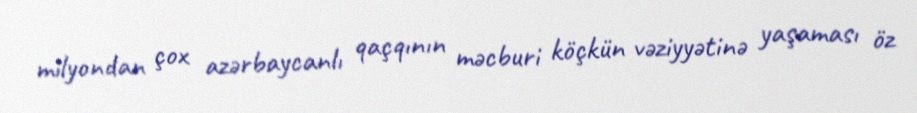
milyondan çox azərbaycanlı qaçqının məcburi köçkün vəziyyətinə yaşaması öz